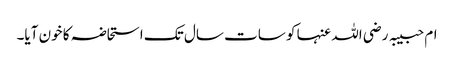
ام حبیبہ رضی اللہ عنہا کو سات سال تک استحاضہ کا خون آیا۔